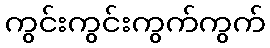
ကွင်းကွင်းကွက်ကွက်